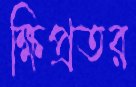
ক্ষিপ্রতর